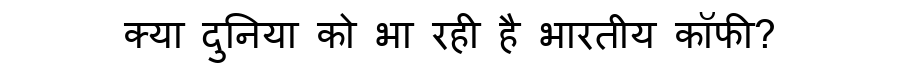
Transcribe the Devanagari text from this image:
क्या दुनिया को भा रही है भारतीय कॉफी?